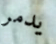
يدمر